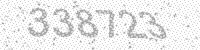
Solution: 338723